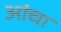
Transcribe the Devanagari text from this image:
आंचा